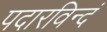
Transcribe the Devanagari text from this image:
पदारविन्दं